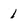
Character: 1